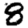
Digit: 8